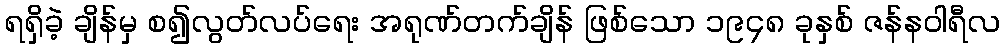
ရရှိခဲ့ ချိန်မှ စ၍လွတ်လပ်ရေး အရုဏ်တက်ချိန် ဖြစ်သော ၁၉၄၈ ခုနှစ် ဇန်နဝါရီလ